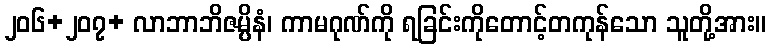
၂၀၆+၂၀၇+ လာဘာဘိဇမ္ပိနံ၊ ကာမဂုဏ်ကို ရခြင်းကိုတောင့်တကုန်သော သူတို့အား။